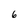
Character: 6